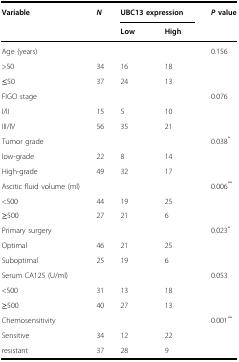
<table><thead><tr><td><b>Variable</b></td><td><b><i>N</i></b></td><td colspan="2"><b>UBC13 expression</b></td><td><b><i>P</i> value</b></td></tr><tr><td></td><td></td><td><b>Low</b></td><td><b>High</b></td><td></td></tr></thead><tbody><tr><td>Age (years)</td><td></td><td></td><td></td><td>0.156</td></tr><tr><td>&gt;50</td><td>34</td><td>16</td><td>18</td><td></td></tr><tr><td>≤50</td><td>37</td><td>24</td><td>13</td><td></td></tr><tr><td>FIGO stage</td><td></td><td></td><td></td><td>0.076</td></tr><tr><td>I/II</td><td>15</td><td>5</td><td>10</td><td></td></tr><tr><td>III/IV</td><td>56</td><td>35</td><td>21</td><td></td></tr><tr><td>Tumor grade</td><td></td><td></td><td></td><td>0.038<sup>*</sup></td></tr><tr><td>low-grade</td><td>22</td><td>8</td><td>14</td><td></td></tr><tr><td>High-grade</td><td>49</td><td>32</td><td>17</td><td></td></tr><tr><td>Ascitic fluid volume (ml)</td><td></td><td></td><td></td><td>0.006<sup>**</sup></td></tr><tr><td>&lt;500</td><td>44</td><td>19</td><td>25</td><td></td></tr><tr><td>≥500</td><td>27</td><td>21</td><td>6</td><td></td></tr><tr><td>Primary surgery</td><td></td><td></td><td></td><td>0.023<sup>*</sup></td></tr><tr><td>Optimal</td><td>46</td><td>21</td><td>25</td><td></td></tr><tr><td>Suboptimal</td><td>25</td><td>19</td><td>6</td><td></td></tr><tr><td>Serum CA125 (U/ml)</td><td></td><td></td><td></td><td>0.053</td></tr><tr><td>&lt;500</td><td>31</td><td>13</td><td>18</td><td></td></tr><tr><td>≥500</td><td>40</td><td>27</td><td>13</td><td></td></tr><tr><td>Chemosensitivity</td><td></td><td></td><td></td><td>0.001<sup>**</sup></td></tr><tr><td>Sensitive</td><td>34</td><td>12</td><td>22</td><td></td></tr><tr><td>resistant</td><td>37</td><td>28</td><td>9</td><td></td></tr></tbody></table>